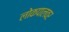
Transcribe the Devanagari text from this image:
लोकपालवर